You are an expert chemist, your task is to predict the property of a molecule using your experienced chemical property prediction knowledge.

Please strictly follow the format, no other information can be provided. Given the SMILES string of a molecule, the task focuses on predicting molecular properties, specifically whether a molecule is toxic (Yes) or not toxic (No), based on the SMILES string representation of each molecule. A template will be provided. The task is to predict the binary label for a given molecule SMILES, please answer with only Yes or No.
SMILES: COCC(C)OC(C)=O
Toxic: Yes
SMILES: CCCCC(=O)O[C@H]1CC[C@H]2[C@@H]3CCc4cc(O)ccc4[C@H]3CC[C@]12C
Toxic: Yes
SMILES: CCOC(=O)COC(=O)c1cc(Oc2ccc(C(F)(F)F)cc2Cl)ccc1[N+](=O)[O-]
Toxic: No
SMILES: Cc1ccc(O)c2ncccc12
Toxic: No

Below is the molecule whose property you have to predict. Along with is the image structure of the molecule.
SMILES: Cc1cc(Cl)ccc1/N=C/N(C)C
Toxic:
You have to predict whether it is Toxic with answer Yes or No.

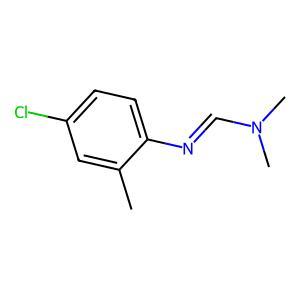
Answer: No